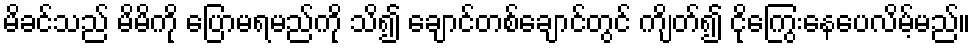
မိခင်သည် မိမိကို ပြောမရမည်ကို သိ၍ ချောင်တစ်ချောင်တွင် ကျိတ်၍ ငိုကြွေးနေပေလိမ့်မည်။